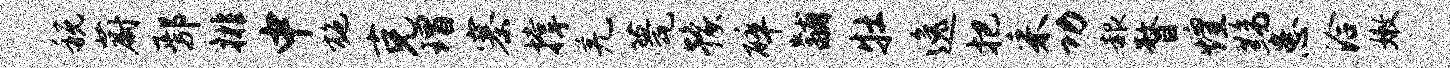
税蔚鄢排中施克瑁寨撑羌甍豫碎黼牡逸把采功赧瞀煌黝患洽嫩